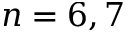
n = 6 , 7